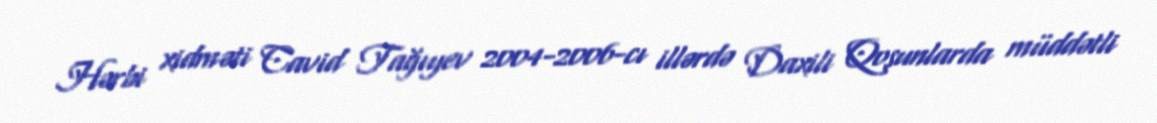
Hərbi xidməti Cavid Tağıyev 2004-2006-cı illərdə Daxili Qoşunlarda müddətli